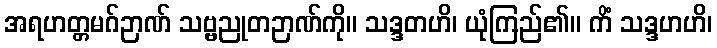
အရဟတ္တမဂ်ဉာဏ် သဗ္ဗညုတဉာဏ်ကို။ သဒ္ဒတဟိ၊ ယုံကြည်၏။ ကိံ သဒ္ဒဟဟိ၊